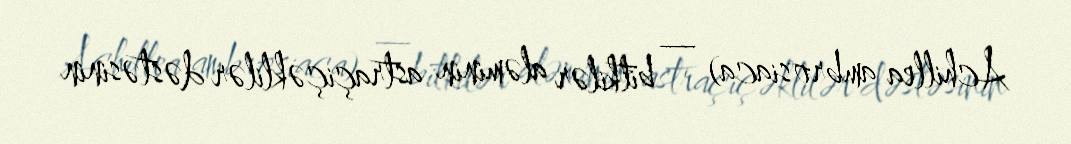
Achillea ambrosiaca) — bitkilər aləminin astraçiçəklilər dəstəsinin